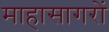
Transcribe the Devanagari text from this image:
माहासागरों